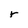
Character: r